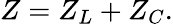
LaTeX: Z=Z_{L}+Z_{C}.